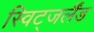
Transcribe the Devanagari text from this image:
स्विट्जर्लैंड